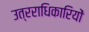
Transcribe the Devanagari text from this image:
उत्रराधिकारियों